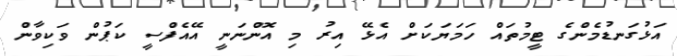
އަޅުގަނޑުމެންގެ ޓީމުތައް ހަމަޔަކަށް އެޅޭ އިރު މި އޮންނަނީ އޭއެފްސީ ކަޕުން ވަކިވާން